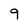
Character: 9